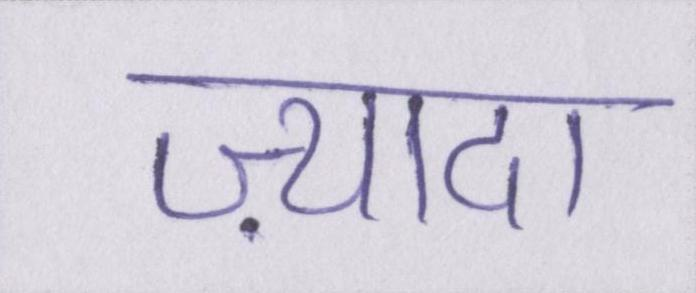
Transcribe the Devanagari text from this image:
ज़्यादा